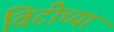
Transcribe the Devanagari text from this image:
विटीच्या